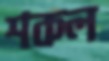
শকল